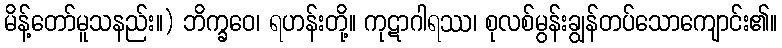
မိန့်တော်မူသနည်း။) ဘိက္ခဝေ၊ ရဟန်းတို့။ ကုဋာဂါရဿ၊ စုလစ်မွန်းချွန်တပ်သောကျောင်း၏။